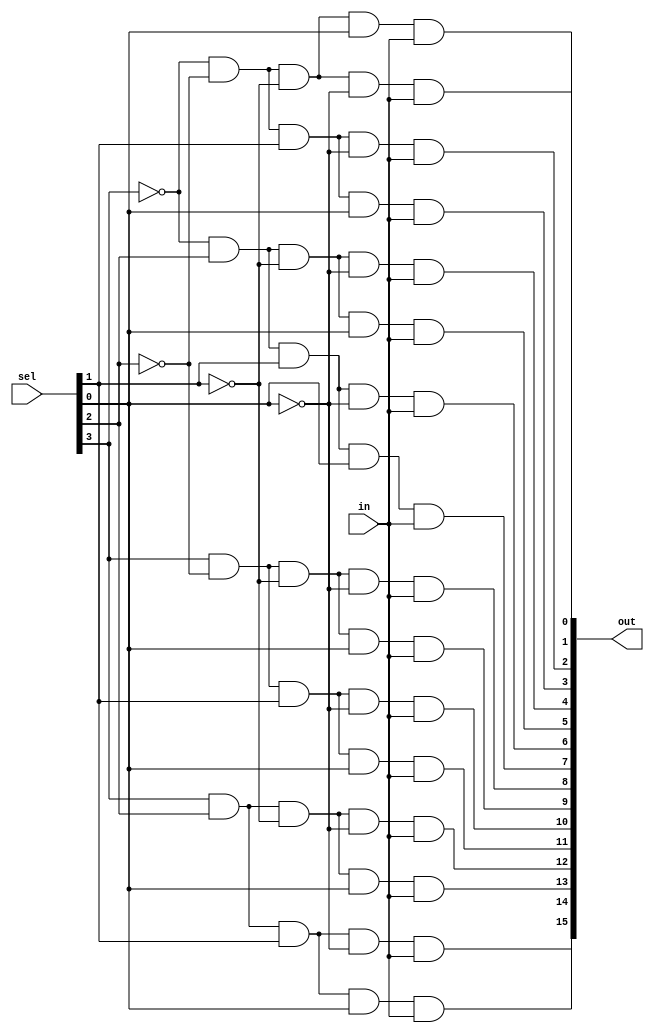
module Demux16(
    input in,
    input [3:0] sel,
    output [15:0] out
    );
	 
	 wire w0,w1,w2,w3,w4,w5,w6,w7,w8,w9,w10,w11,w12,w13,w14,w15 ;
	 assign #8 out[0] = ~sel[3] & ~sel[2] & ~sel[1] & ~sel[0] &	in ; 
	 assign #8 out[1] = ~sel[3] & ~sel[2] & ~sel[1] &  sel[0] &	in ; 
	 assign #8 out[2] = ~sel[3] & ~sel[2] &  sel[1] & ~sel[0] &	in ; 
	 assign #8 out[3] = ~sel[3] & ~sel[2] &  sel[1] &  sel[0] &	in ; 
	 assign #8 out[4] = ~sel[3] &  sel[2] & ~sel[1] & ~sel[0] &	in ; 
	 assign #8 out[5] = ~sel[3] &  sel[2] & ~sel[1] &  sel[0] &	in ; 
	 assign #8 out[6] = ~sel[3] &  sel[2] &  sel[1] & ~sel[0] &	in ; 
	 assign #8 out[7] = ~sel[3] &  sel[2] &  sel[1] &  sel[0] &	in ; 
	 assign #8 out[8] =  sel[3] & ~sel[2] & ~sel[1] & ~sel[0] &	in ; 
	 assign #8 out[9] =  sel[3] & ~sel[2] & ~sel[1] &  sel[0] &	in ; 
	 assign #8 out[10] =  sel[3] & ~sel[2] &  sel[1] & ~sel[0] &	in ; 
	 assign #8 out[11] =  sel[3] & ~sel[2] &  sel[1] &  sel[0] &	in ; 
	 assign #8 out[12] =  sel[3] &  sel[2] & ~sel[1] & ~sel[0] &	in ; 
	 assign #8 out[13] =  sel[3] &  sel[2] & ~sel[1] &  sel[0] &	in ; 
	 assign #8 out[14] =  sel[3] &  sel[2] &  sel[1] & ~sel[0] &	in ; 
	 assign #8 out[15] =  sel[3] &  sel[2] &  sel[1] &  sel[0] &	in ; 
	 
	 
	 
	 


endmodule